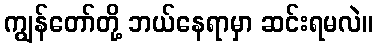
ကျွန်တော်တို့ ဘယ်နေရာမှာ ဆင်းရမလဲ။